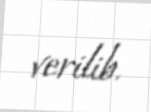
verilib.